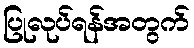
ပြုလုပ်ရန်အတွက်